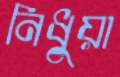
নিধুয়া